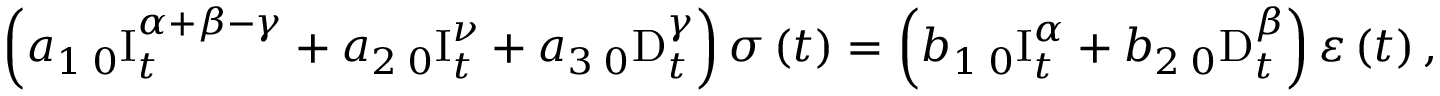
\left( a _ { 1 } \, _ { 0 } \mathrm { I } _ { t } ^ { \alpha + \beta - \gamma } + a _ { 2 } \, _ { 0 } \mathrm { I } _ { t } ^ { \nu } + a _ { 3 } \, _ { 0 } \mathrm { D } _ { t } ^ { \gamma } \right) \sigma \left( t \right) = \left( b _ { 1 } \, _ { 0 } \mathrm { I } _ { t } ^ { \alpha } + b _ { 2 } \, _ { 0 } \mathrm { D } _ { t } ^ { \beta } \right) \varepsilon \left( t \right) ,